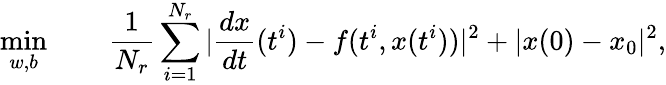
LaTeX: \operatorname*{min}_{w,b}\qquad\frac{1}{N_{r}}\sum_{i=1}^{N_{r}}|\frac{dx}{dt}(t^{i})-f(t^{i},x(t^{i}))|^{2}+|x(0)-x_{0}|^{2},